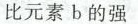
比元素b的强